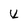
Character: 4